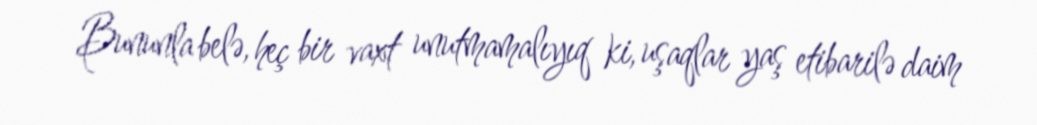
Bununla belə, heç bir vaxt unutmamalıyıq ki, uşaqlar yaş etibarilə daim